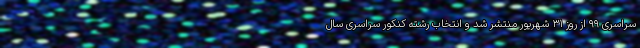
سراسری ۹۹ از روز ۳۱ شهریور منتشر شد و انتخاب رشته کنکور سراسری سال